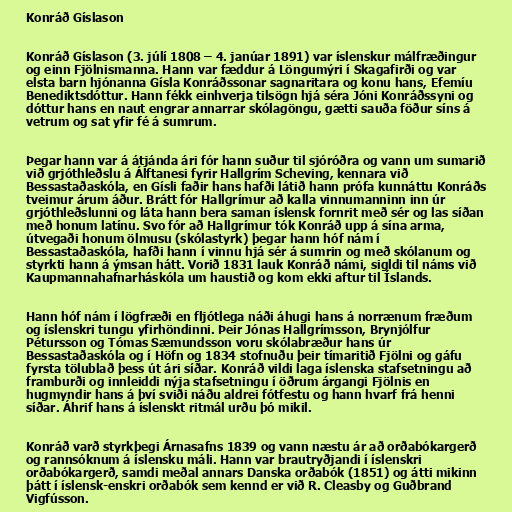
Konráð Gíslason

Konráð Gíslason (3. júlí 1808 – 4. janúar 1891) var íslenskur málfræðingur
og einn Fjölnismanna. Hann var fæddur á Löngumýri í Skagafirði og var
elsta barn hjónanna Gísla Konráðssonar sagnaritara og konu hans, Efemíu
Benediktsdóttur. Hann fékk einhverja tilsögn hjá séra Jóni Konráðssyni og
dóttur hans en naut engrar annarrar skólagöngu, gætti sauða föður síns á
vetrum og sat yfir fé á sumrum.

Þegar hann var á átjánda ári fór hann suður til sjóróðra og vann um sumarið
við grjóthleðslu á Álftanesi fyrir Hallgrím Scheving, kennara við
Bessastaðaskóla, en Gísli faðir hans hafði látið hann prófa kunnáttu Konráðs
tveimur árum áður. Brátt fór Hallgrímur að kalla vinnumanninn inn úr
grjóthleðslunni og láta hann bera saman íslensk fornrit með sér og las síðan
með honum latínu. Svo fór að Hallgrímur tók Konráð upp á sína arma,
útvegaði honum ölmusu (skólastyrk) þegar hann hóf nám í
Bessastaðaskóla, hafði hann í vinnu hjá sér á sumrin og með skólanum og
styrkti hann á ýmsan hátt. Vorið 1831 lauk Konráð námi, sigldi til náms við
Kaupmannahafnarháskóla um haustið og kom ekki aftur til Íslands.

Hann hóf nám í lögfræði en fljótlega náði áhugi hans á norrænum fræðum
og íslenskri tungu yfirhöndinni. Þeir Jónas Hallgrímsson, Brynjólfur
Pétursson og Tómas Sæmundsson voru skólabræður hans úr
Bessastaðaskóla og í Höfn og 1834 stofnuðu þeir tímaritið Fjölni og gáfu
fyrsta tölublað þess út ári síðar. Konráð vildi laga íslenska stafsetningu að
framburði og innleiddi nýja stafsetningu í öðrum árgangi Fjölnis en
hugmyndir hans á því sviði náðu aldrei fótfestu og hann hvarf frá henni
síðar. Áhrif hans á íslenskt ritmál urðu þó mikil.

Konráð varð styrkþegi Árnasafns 1839 og vann næstu ár að orðabókargerð
og rannsóknum á íslensku máli. Hann var brautryðjandi í íslenskri
orðabókargerð, samdi meðal annars Danska orðabók (1851) og átti mikinn
þátt í íslensk-enskri orðabók sem kennd er við R. Cleasby og Guðbrand
Vigfússon.